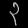
Digit: ၃